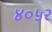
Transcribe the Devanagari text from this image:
४०५२